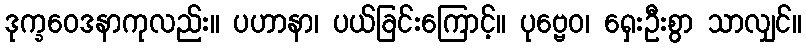
ဒုက္ခဝေဒနာကုလည်း။ ပဟာနာ၊ ပယ်ခြင်းကြောင့်။ ပုဗ္ဗေဝ၊ ရှေးဦးစွာ သာလျှင်။